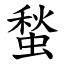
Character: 蝵